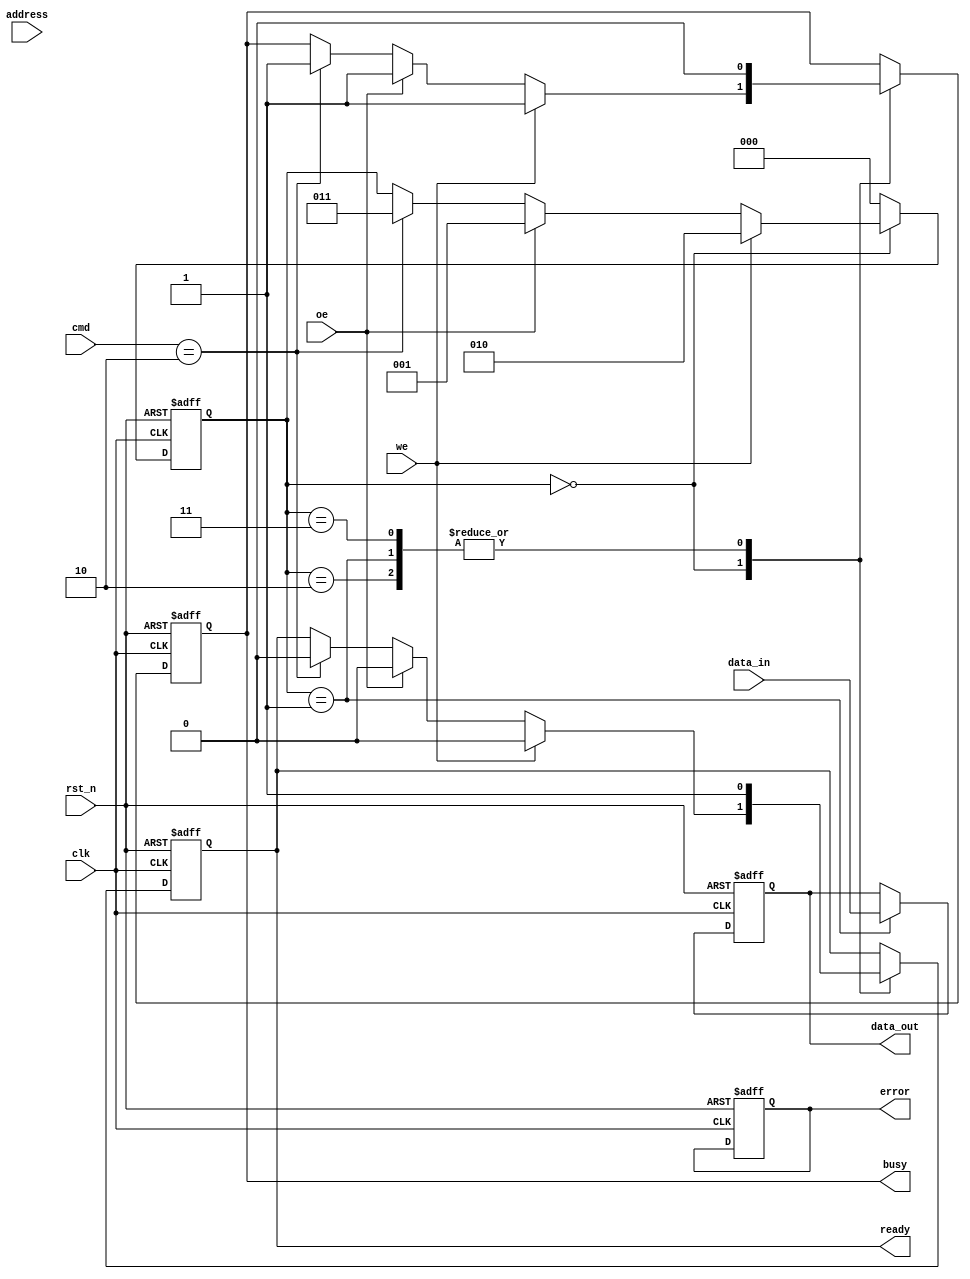
module SLC_NAND_IO_Block #(
    parameter DATA_WIDTH = 8,   // Data bus width (8, 16, 32 bits)
    parameter ADDR_WIDTH = 16    // Address bus width (depends on memory size)
)(
    input wire clk,                     // System clock
    input wire rst_n,                   // Asynchronous reset (active low)
    
    // Data Interface
    input wire [DATA_WIDTH-1:0] data_in,  // Input data from external controller
    output reg [DATA_WIDTH-1:0] data_out, // Output data to external controller
    input wire we,                       // Write enable
    input wire oe,                       // Output enable

    // Command Interface
    input wire [2:0] cmd,               // Command input (0: READ, 1: WRITE, 2: ERASE)
    
    // Address Interface
    input wire [ADDR_WIDTH-1:0] address, // Address from external controller
    
    // Control Signals
    output reg busy,                    // Indicates if the I/O block is busy
    output reg error,                   // Error signal
    output reg ready                    // Ready signal
);

// Internal Signals
reg [2:0] state;                       // State machine for control logic
localparam IDLE = 3'b000,
           READ = 3'b001,
           WRITE = 3'b010,
           ERASE = 3'b011;

// Command Processing
always @(posedge clk or negedge rst_n) begin
    if (!rst_n) begin
        state <= IDLE;
        busy <= 0;
        error <= 0;
        ready <= 1;
        data_out <= 0;
    end else begin
        case (state)
            IDLE: begin
                if (we) begin
                    state <= WRITE;
                    busy <= 1;
                    ready <= 0;
                end else if (oe) begin
                    state <= READ;
                    busy <= 1;
                    ready <= 0;
                end else if (cmd == 3'b010) begin
                    state <= ERASE;
                    busy <= 1;
                    ready <= 0;
                end
            end

            WRITE: begin
                // Simulate write operation (insert write logic here)
                // For example, latch data
                // Assuming data written successfully
                // After completing operation
                state <= IDLE;
                busy <= 0;
                ready <= 1;
            end

            READ: begin
                // Simulate read operation (insert read logic here)
                // For example, retrieve data from NAND flash
                // Assuming data read successfully
                data_out <= data_in; // Placeholder for actual read logic
                state <= IDLE;
                busy <= 0;
                ready <= 1;
            end

            ERASE: begin
                // Simulate erase operation (insert erase logic here)
                // For example, erase NAND flash block
                // After completing operation
                state <= IDLE;
                busy <= 0;
                ready <= 1;
            end

            default: begin
                state <= IDLE; // Default case to avoid latching
            end
        endcase
    end
end

endmodule